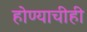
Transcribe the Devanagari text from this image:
होण्याचीही